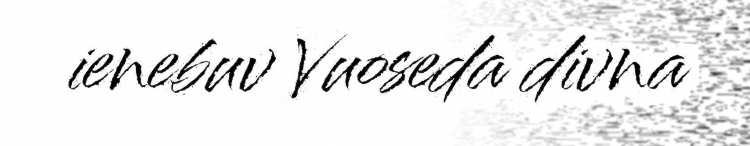
ienebuv Vuoseda divna